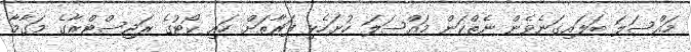
މައްސަލަ ބަލައިގަނެވެން ނެތްކަން މައްސަލަ ހުށަހެޅި ފަރާތަށް ހައި ކޯޓުގެ ރަޖިސްޓްރާގެ މަގާމާ